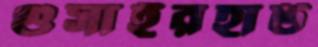
গুসাইরহাট